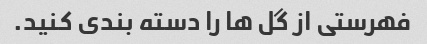
فهرستی از گل ها را دسته بندی کنید.